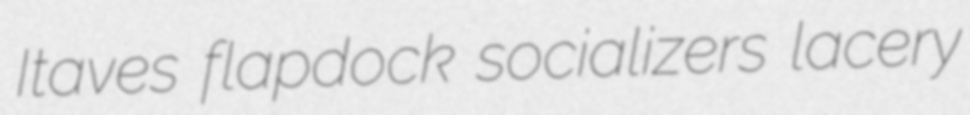
Itaves flapdock socializers lacery